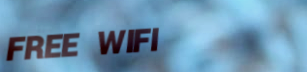
FREE WIFI